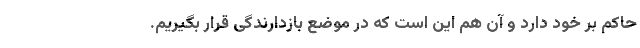
حاکم بر خود دارد و آن هم این است که در موضع بازدارندگی قرار بگیریم.